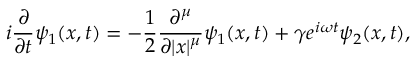
i \frac { \partial } { \partial t } \psi _ { 1 } ( x , t ) = - \frac { 1 } { 2 } \frac { \partial ^ { \mu } } { \partial | x | ^ { \mu } } \psi _ { 1 } ( x , t ) + \gamma e ^ { i \omega t } \psi _ { 2 } ( x , t ) ,